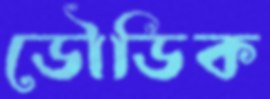
ডৌডিক